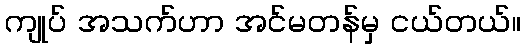
ကျုပ် အသက်ဟာ အင်မတန်မှ ငယ်တယ်။